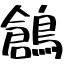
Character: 鶬